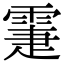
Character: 𩃖